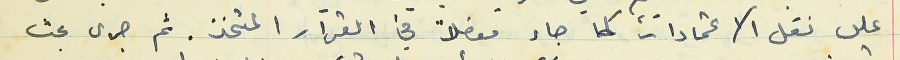
على نقل الاعتمادات كما جاء مفصلاً في القرار المتخذ. ثم جرى بحث